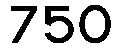
750